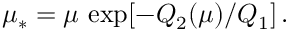
\mu _ { * } = \mu \, \exp [ - Q _ { 2 } ( \mu ) / Q _ { 1 } ] \, .